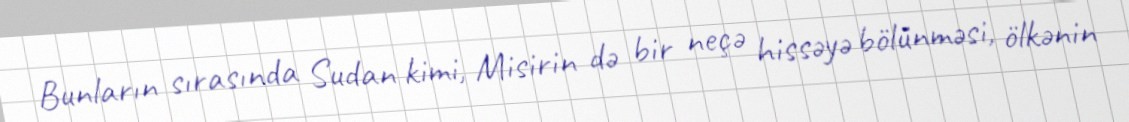
Bunların sırasında Sudan kimi, Misirin də bir neçə hissəyə bölünməsi, ölkənin